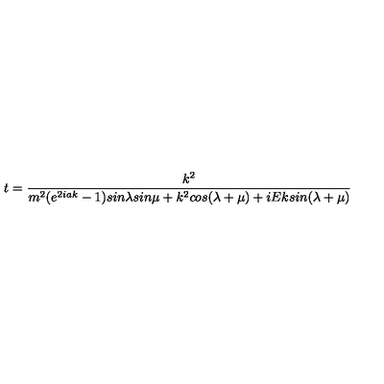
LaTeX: t = \frac { k ^ { 2 } } { m ^ { 2 } ( e ^ { 2 i a k } - 1 ) s i n \lambda s i n \mu + k ^ { 2 } c o s ( \lambda + \mu ) + i E k s i n ( \lambda + \mu ) }